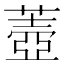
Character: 𦺟